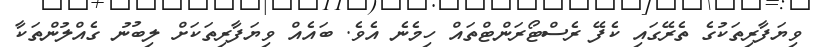
ވިޔަފާރިތަކުގެ ތެރޭގައި ކެފޭ ރެސްޓޯރަންޓްތައް ހިމެނެ އެވެ. ބައެއް ވިޔަފާރިތަކަށް ލިބުނު ގެއްލުންތަކާ